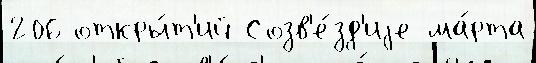
206 откры́т'ий Созв'е́зд'иjе ма́рта